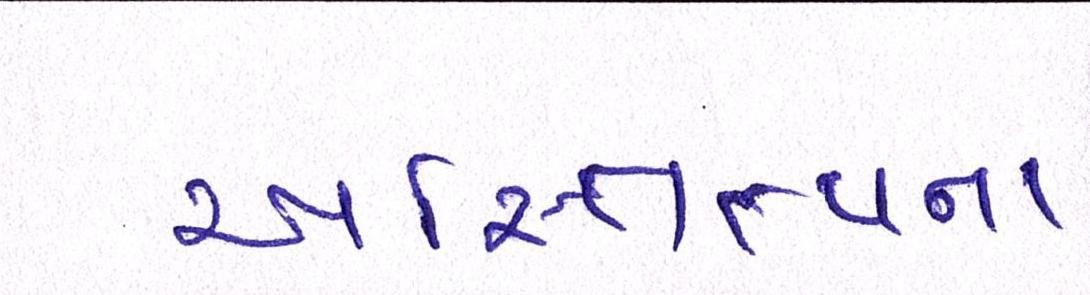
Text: અસ્તિત્વના